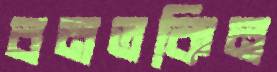
বনতকিন